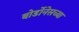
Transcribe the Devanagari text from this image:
बोर्डोनेसच्या